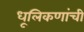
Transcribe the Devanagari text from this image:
धूलिकणांची